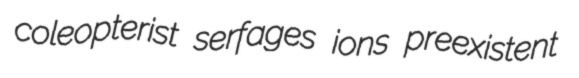
coleopterist serfages ions preexistent